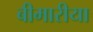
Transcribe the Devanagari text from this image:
बीमारीया